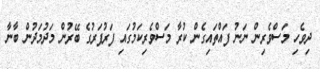
ދިވެހި މަސްވެރިން ނަނު ފައްތައިގެން ކުރާ މަސްވެރިކަމުގައި ފަރުފަރުގެ ބޭރުން މަދުމަދުން ބާނާ